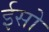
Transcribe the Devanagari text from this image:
ईसो